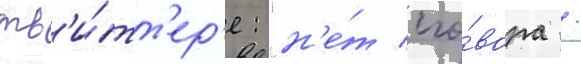
тв'и́тт'ер'е: "н'е́т сго́вора /